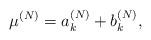
LaTeX: \begin{align*} \mu^{(N)}=a^{(N)}_k+b^{(N)}_k,\end{align*}